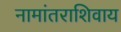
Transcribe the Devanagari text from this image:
नामांतराशिवाय